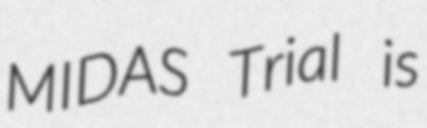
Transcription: MIDAS Trial is